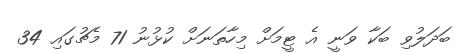
ބަދަލުވި ބަކާ ވަނީ އެ ޓީމަށް މިހާތަނަށް ކުޅުނު 71 މެޗުގައި 34